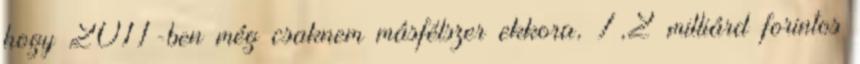
hogy 2011-ben még csaknem másfélszer ekkora, 7,2 milliárd forintos